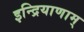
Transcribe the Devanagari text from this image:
इन्द्रियाणाम्